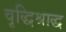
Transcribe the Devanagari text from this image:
वृद्धिश्राद्ध